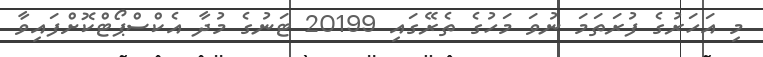
މި އަހަރުގެ ފުރަތަމަ ނުވަ މަހުގެ ތެރޭގައި 20199 ޓަނުގެ މުދާ އެކްސްޕޯޓްކޮށްފައިވާ